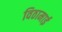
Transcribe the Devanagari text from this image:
विठामाई